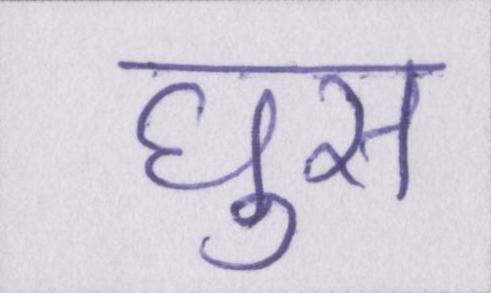
घुस